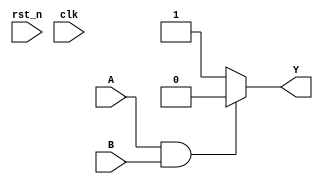
module NAND_Gate(output reg Y, input A, B, rst_n, clk);
always @ (A or B) begin
    if (A == 1'b1 & B == 1'b1) begin
        Y = 1'b0;
    end
    else 
        Y = 1'b1; 
end
endmodule